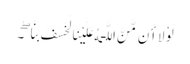
لَوْلَا أَن مَّنَّ اللَّـهُ عَلَیْنَا لَخَسَفَ بِنَا ۖ ۔